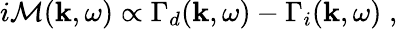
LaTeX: i{\cal M}({\mathbf k},\omega)\propto\Gamma_{d}({\mathbf k},\omega)-\Gamma_{i}({\mathbf k},\omega)\; ,